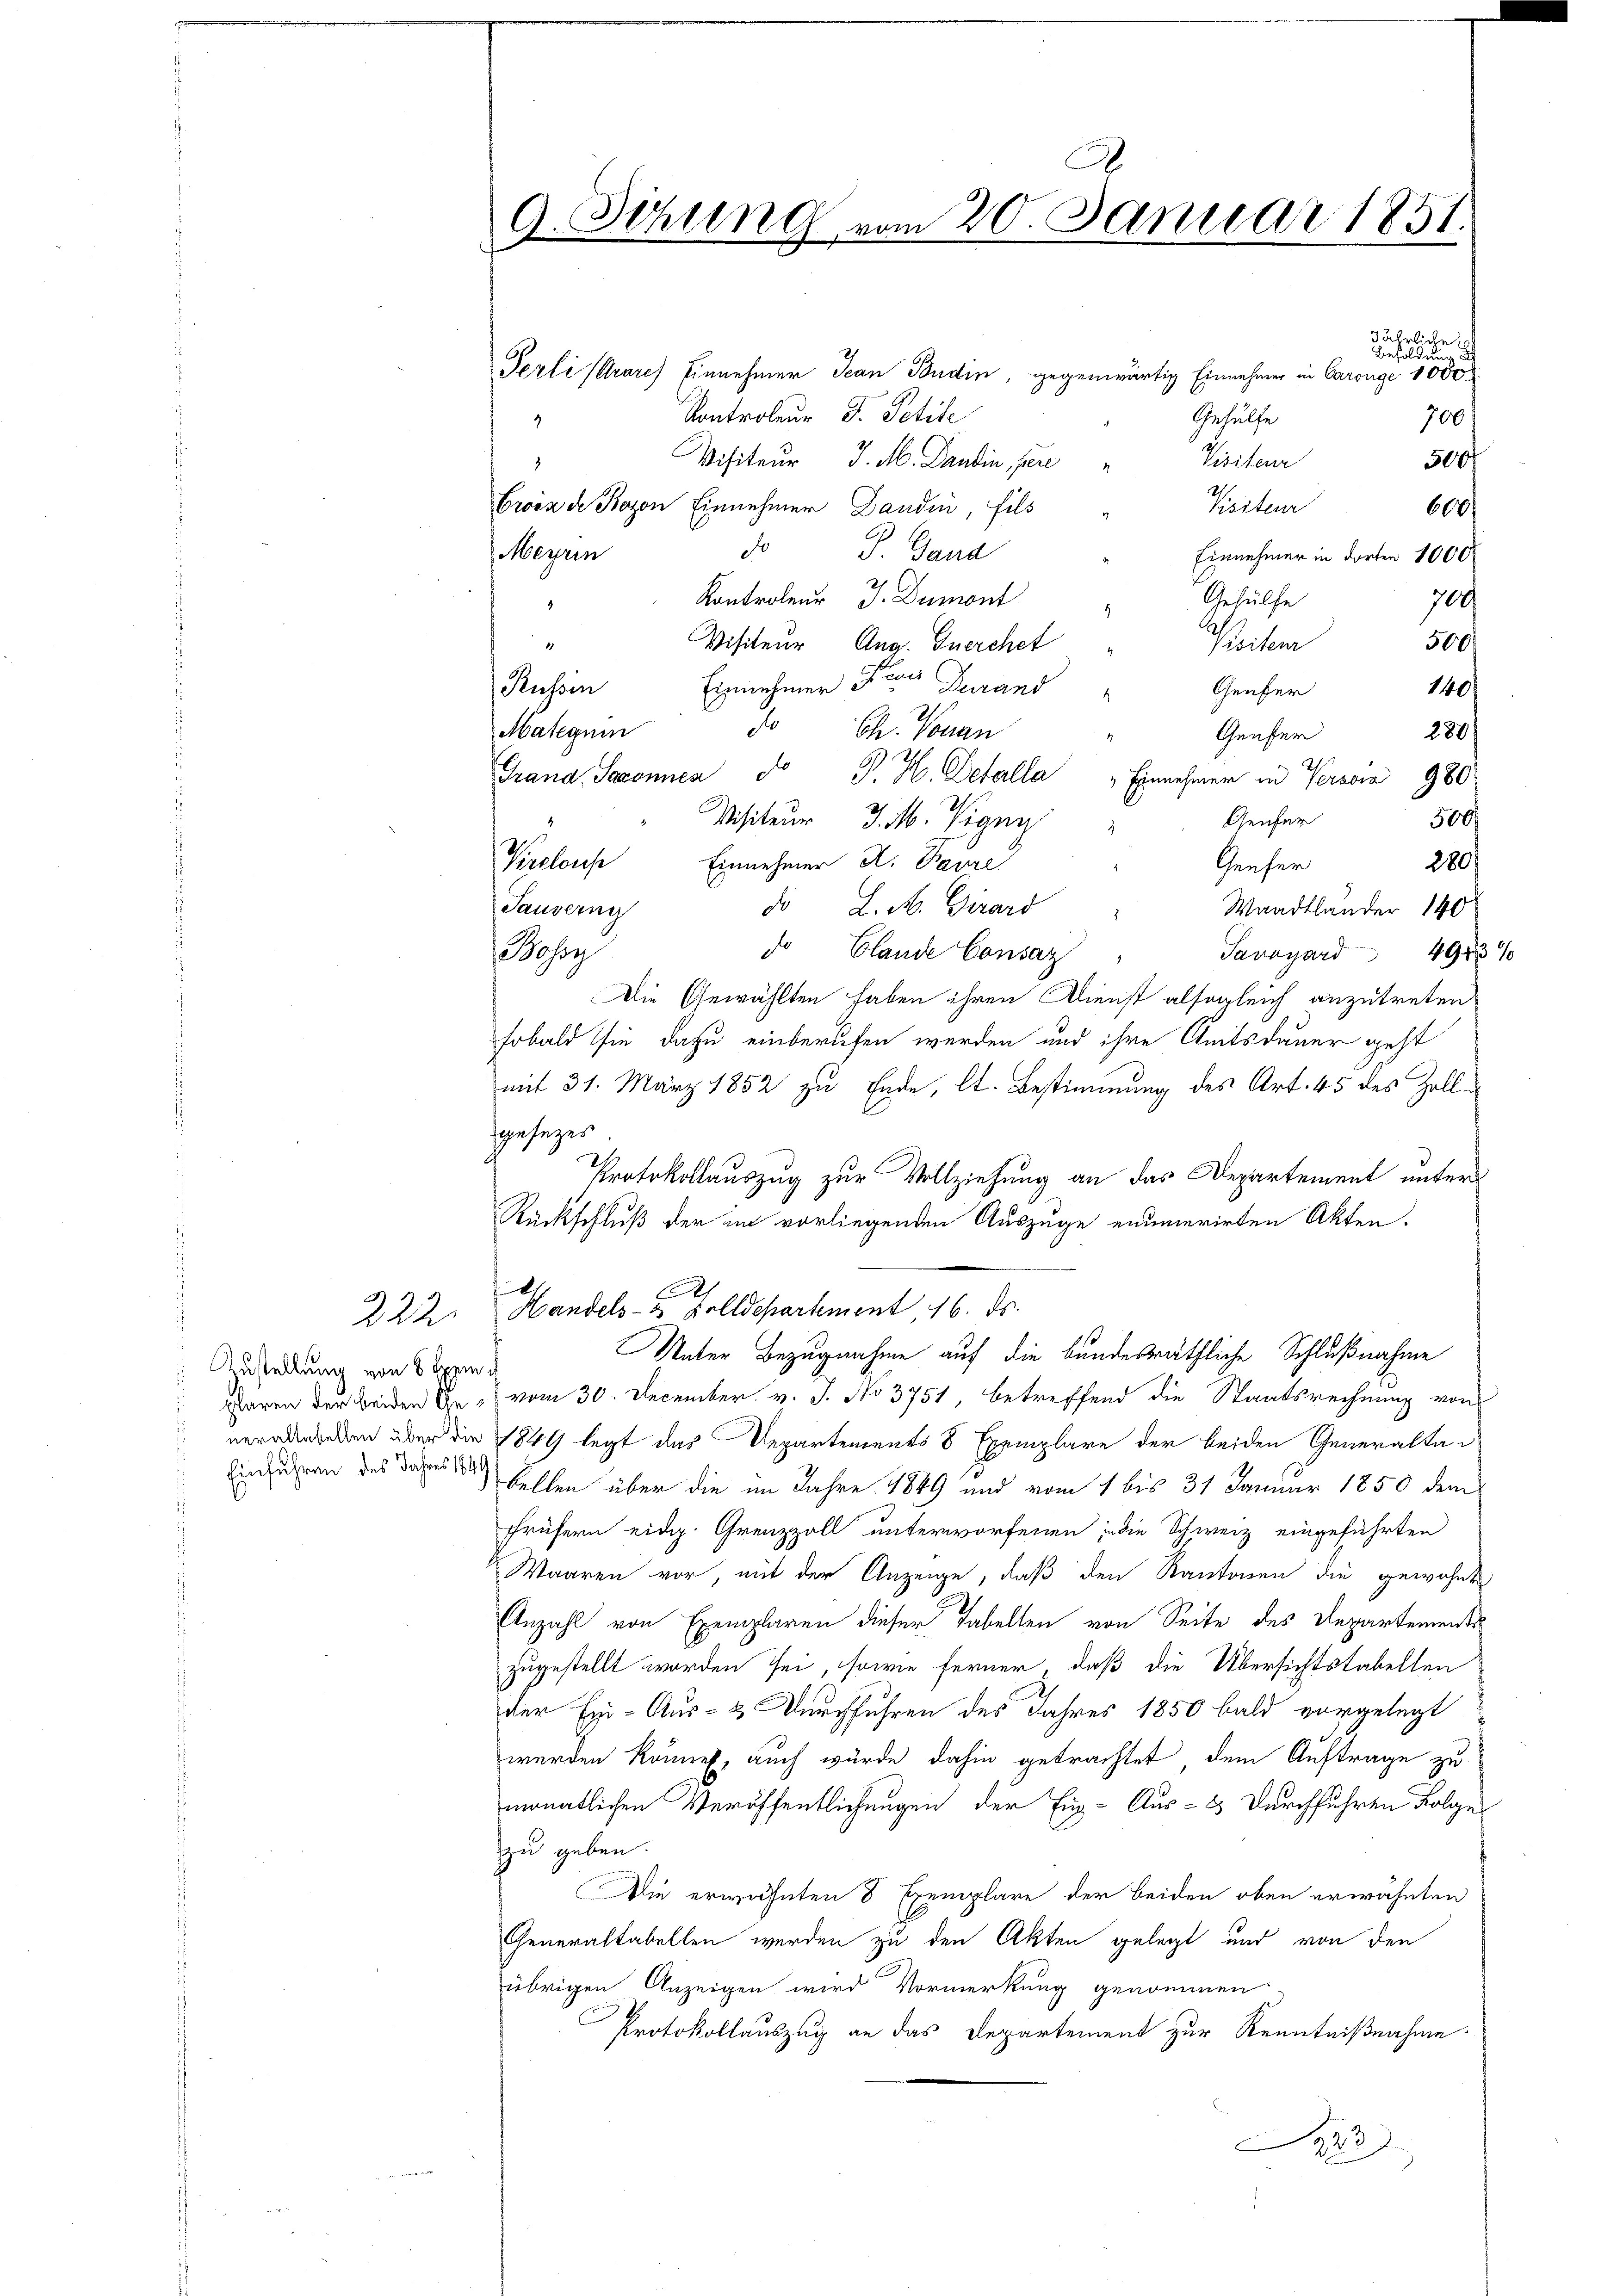
222.

Zustellung von 8 Exem¬
Einführen des Jahres 1849

jährliche
Besoldun
Perli (Arare Einnehmer Jean Budin, gegenwärtig Einnehmer in Carouge 1000
Kontroleur J. Petite
Gehülfe
700
9
Visiteur
Visiteur J. M. Dantin, pere
500f
3.
Visiteur
Croix de Kozon Einnehmer Dandin, fils
600
d
do d. Gand
Meyrin
Einnehmer in dorten 1000
2
Kontroleur J. Dumont
Gehülfe
ja
4
500/

Reiten
Visiteur, Aug. Zuerchet
Einnehmer der Durand Genfer
Russin
140
do Ch. Vonan
Mategnin
289)
Genfer
Grana Saxonica  P. H. Detalla " Einnehmer in Verzia 980
Genfer
Visiteur J. M. Vigny
500.
Preslause
Einnehmer A. Baure
Geuher
280
Sauserne
do L. M. Girard
Waadtländer 140
do Elande Consaz
osoy
Savoyard 4943 %
Die Gewählten haben ihren Dienst alsogleich anzutreten
sobald sie dazu einberufen werden und ihre Amtsdauer geht
mit 31. März 1852 zu Ende, lt. Bestimmung des Art. 45 des Zollsgesezes
Protokollauszug zur Vollziehung an das Departement unter
Rückschluß der im vorliegenden Auszüge enumerirten Akten.
.
A
Handels- & Zolldepartement 16. ds.
Unter Bezugnahme auf die bundesräthliche Schlußnahme
paren der beiden Ehe vom 30. December v. J. No 3751, betreffend die Staatsrechnung von
neralwerden über die 1849 legt das Departements 8 Exemplare der beiden Generaltabellen über die im Jahre 1849 und vom 1 bis 31 Januar 1850 dem
frühern eidg. Grenzzoll unterworfenen in die Schweiz eingeführten
Waaren vor, mit der Anzeige, daß den Kantonen die gewohnt,
Anzahl von Exemplaren dieser Tabellen von Seite des Departements
zugestellt worden sei, sowie ferner, daß die Übersichtstabellen
der Ein- Aus- & Durchführen des Jahres 1850 bald vorgelegt
werden könnet, auch wurde dahin getrachtet, dem Auftrage zu
monatlichen Veröffentlichungen der Eug- Aus- & Durchführen Folge
zu geben.
Die erwähnten 8 Exemplare der beiden oben erwähnten
Generaltabellen werden zu den Akten gelegt und von den
übrigen Anzeigen wird Vormerkung genommen
Protokollauszug an das Departement zur Kenntnißnahme.
r

9. Sizung vom 20. Januar 1851.